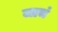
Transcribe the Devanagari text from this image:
जाचं